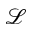
\mathscr L